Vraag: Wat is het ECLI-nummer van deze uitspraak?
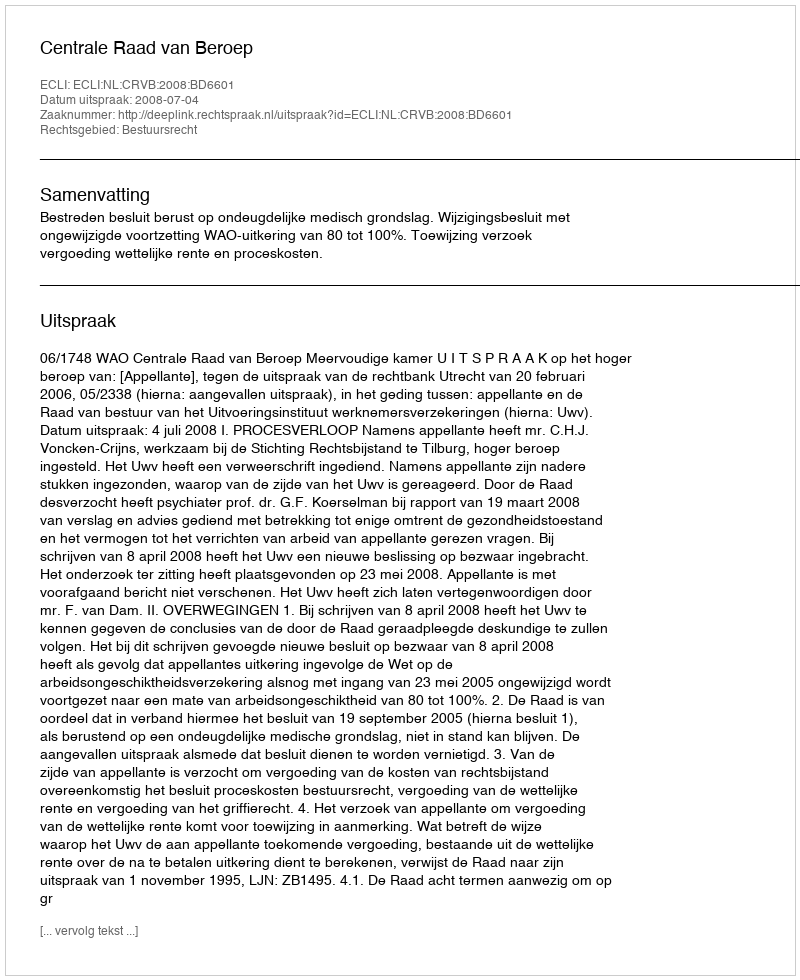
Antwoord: ECLI:NL:CRVB:2008:BD6601